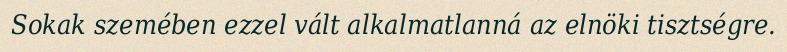
Sokak szemében ezzel vált alkalmatlanná az elnöki tisztségre.